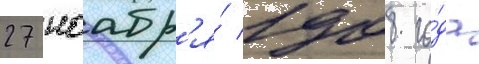
27 ноабр'я́ 1908 го́да